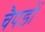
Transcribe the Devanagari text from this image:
चैपड़ों